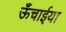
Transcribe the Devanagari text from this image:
ऊँचाईया